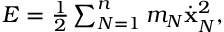
\begin{array} { r } { E = \frac 1 2 \sum _ { N = 1 } ^ { n } m _ { N } \dot { \bf x } _ { N } ^ { 2 } , } \end{array}